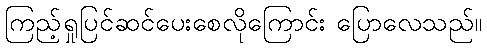
ကြည့်ရှုပြင်ဆင်ပေးစေလိုကြောင်း ပြောလေသည်။